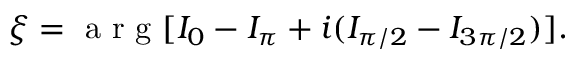
\xi = \mathrm { ~ a ~ r ~ g ~ } [ I _ { 0 } - I _ { \pi } + i ( I _ { \pi / 2 } - I _ { 3 \pi / 2 } ) ] .